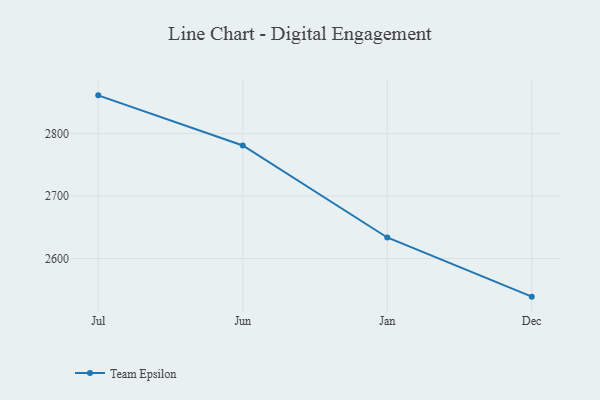
{"axis": {"x": "Month", "y": "Customer Acquisition Cost (USD)"}, "legend": ["Team Epsilon"], "data": [{"x": "Jul", "y": 2861.4, "type": "Team Epsilon"}, {"x": "Jun", "y": 2781.1, "type": "Team Epsilon"}, {"x": "Jan", "y": 2633.7, "type": "Team Epsilon"}, {"x": "Dec", "y": 2538.9, "type": "Team Epsilon"}]}